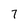
Character: 7